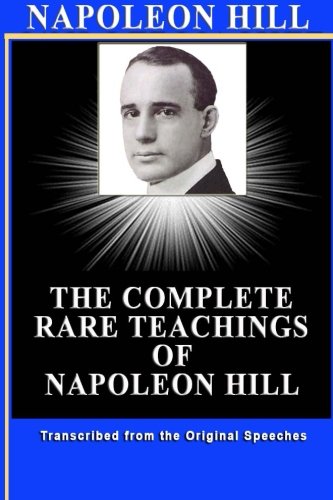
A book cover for NAPOLEON HILL: The Complete Rare Teachings of Napoleon Hill (Engineering); Patrick Doucette; Science & Math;